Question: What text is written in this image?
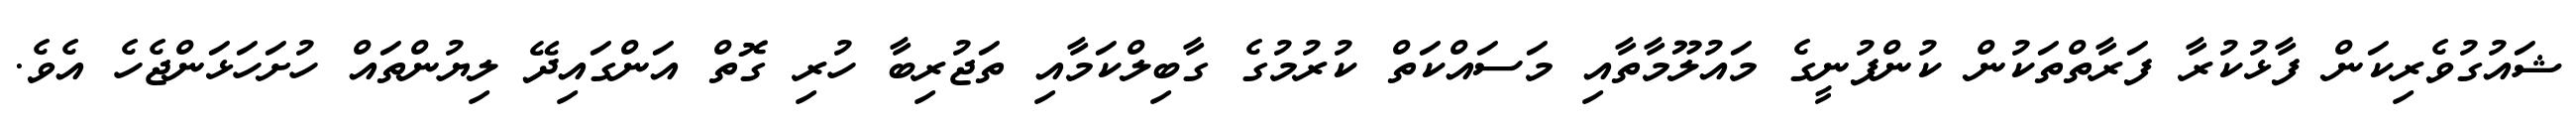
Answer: ޝައުގުވެރިކަން ފާޅުކުރާ ފަރާތްތަކުން ކުންފުނީގެ މައުލޫމާތާއި މަސައްކަތް ކުރުމުގެ ގާބިލްކަމާއި ތަޖުރިބާ ހުރި ގޮތް އަންގައިދޭ ލިޔުންތައް ހުށަހަޅަންޖެހެ އެވެ.